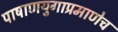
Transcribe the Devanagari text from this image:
पाषाणयुगाप्रमाणेच